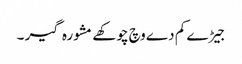
جیڑے کم دے وچ چوکھے مشورہ گیر ۔